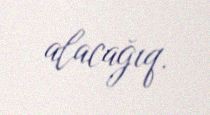
alacağıq.